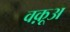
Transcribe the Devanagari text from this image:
वक़ूअ